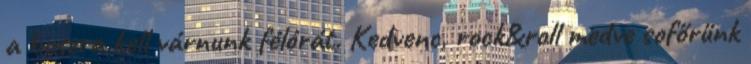
a buszra kell várnunk félórát. Kedvenc, rock&roll medve sofőrünk